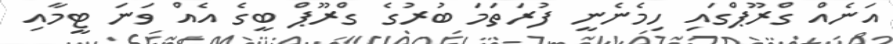
އަނެއް ގްރޫޕްގައި ހިމެނެނީ ފުރަތަމަ ބުރުގެ ގްރޫޕް ބީގެ އެއް ވަނަ ޓީމާއި